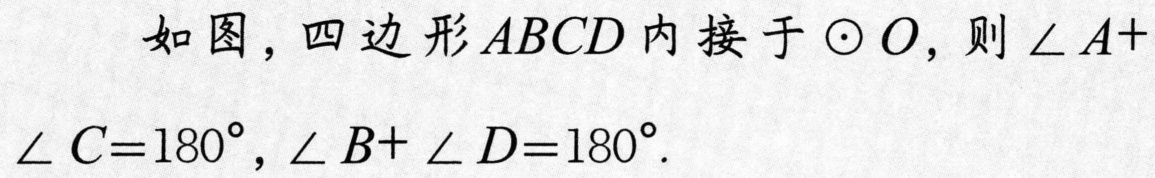
如图，四边形 \(ABCD\) 内接于 \(\odot O\)，则 \(\angle A + \angle C=180^{\circ}\)，\(\angle B+\angle D = 180^{\circ}\).